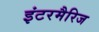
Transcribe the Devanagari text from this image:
इंटरमैरिज